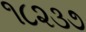
૧૮૨૩૭